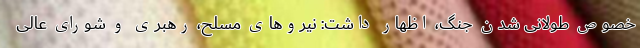
خصوص طولانی شدن جنگ،‌ اظهار داشت: نیروهای مسلح، رهبری و شورای عالی